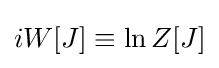
iW[J]\equiv \ln Z[J]